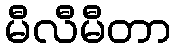
မီလီမီတာ